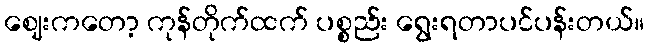
ဈေးကတော့ ကုန်တိုက်ထက် ပစ္စည်း ရွေးရတာပင်ပန်းတယ်။